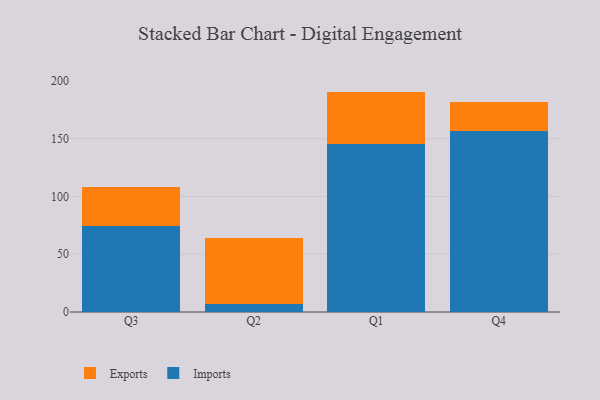
{"axis": {"x": "Quarter", "y": "Gross Profit (USD K)"}, "legend": ["Exports", "Imports"], "data": [{"x": "Q3", "y": 74.5, "type": "Imports"}, {"x": "Q3", "y": 33.6, "type": "Exports"}, {"x": "Q2", "y": 6.9, "type": "Imports"}, {"x": "Q2", "y": 56.8, "type": "Exports"}, {"x": "Q1", "y": 145.6, "type": "Imports"}, {"x": "Q1", "y": 45.1, "type": "Exports"}, {"x": "Q4", "y": 156.6, "type": "Imports"}, {"x": "Q4", "y": 25.0, "type": "Exports"}]}